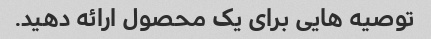
توصیه هایی برای یک محصول ارائه دهید.